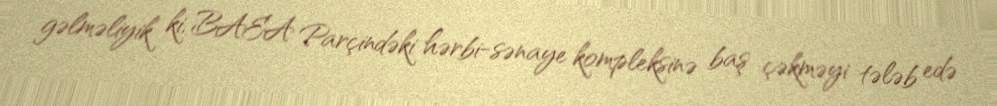
gəlməliyik ki, BAEA Parçindəki hərbi-sənaye kompleksinə baş çəkməyi tələb edə